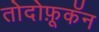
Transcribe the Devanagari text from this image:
तोदोफ़ूकॅन